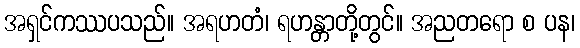
အရှင်ကဿပသည်။ အရဟတံ၊ ရဟန္တာတို့တွင်။ အညတရော စ ပန၊